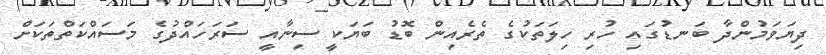
ދިޔަވަމުންދާ ބަނޑުގައި ހުރި ހިލަތަކުގެ ތެރެއިން ބޮޑު ބަޔަކީ ސިނާއީ ސަރަހައްދުގެ މަސައްކަތްތަކަށް